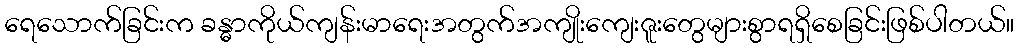
ရေသောက်ခြင်းက ခန္ဓာကိုယ်ကျန်းမာရေးအတွက်အကျိုးကျေးဇူးတွေများစွာရရှိစေခြင်းဖြစ်ပါတယ်။